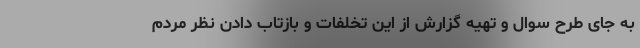
به جای طرح سوال و تهیه گزارش از این تخلفات و بازتاب دادن نظر مردم